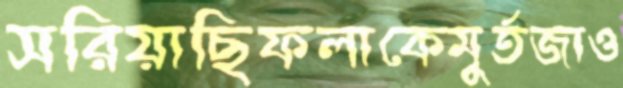
সরিয়াছিফলাকেমুর্তজাও